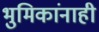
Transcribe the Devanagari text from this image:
भुमिकांनाही